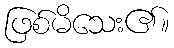
ဖြစ်မိသေး၏။